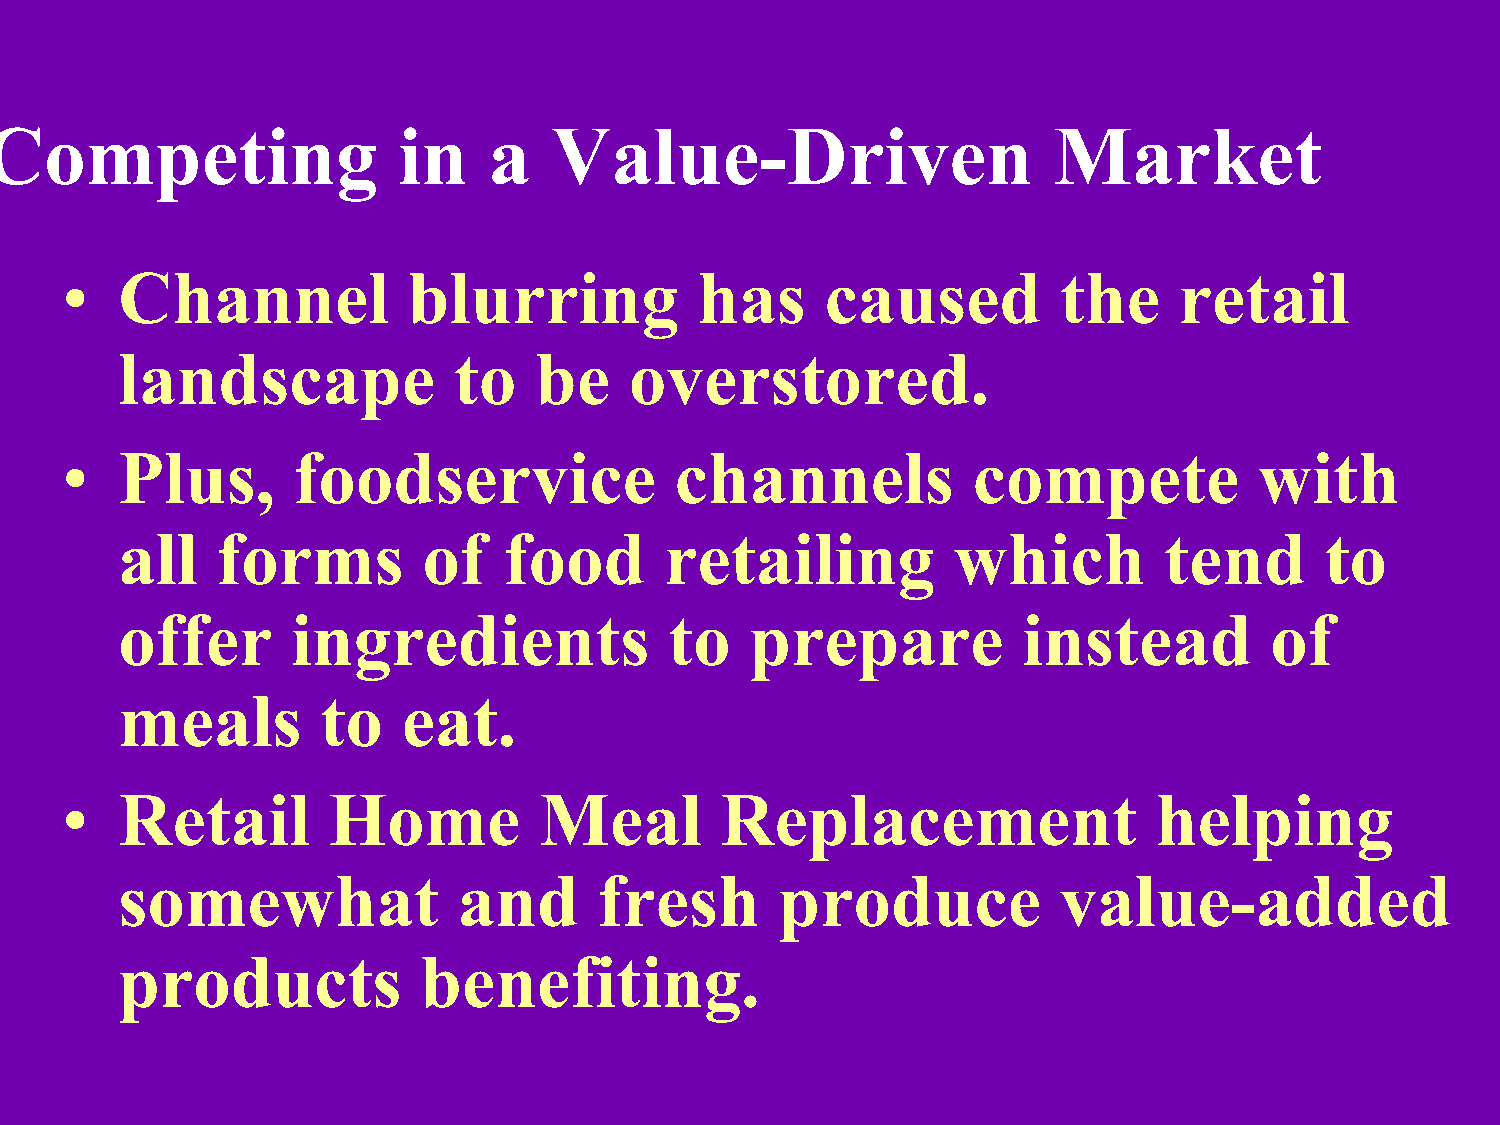
Competing                  in    a   Value-Driven                      Market
 •   Channel            blurring           has      caused         the     retail
 landscape             to   be     overstored.
 •   Plus,      foodservice               channels           compete            with
 all   forms         of   food       retailing          which         tend       to
 offer      ingredients              to    prepare           instead         of
 meals        to    eat.
 •   Retail        Home          Meal        Replacement                 helping
 somewhat              and       fresh       produce           value-added
 products            benefiting.